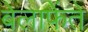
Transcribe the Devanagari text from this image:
बेलाफेंते